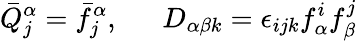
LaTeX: \bar{Q}_{j}^{\alpha}=\bar{f}_{j}^{\alpha},~~~~~~D_{\alpha\beta k}=\epsilon_{ijk}f_{\alpha}^{i}f_{\beta}^{j}